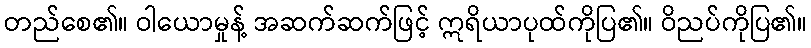
တည်စေ၏။ ဝါယောမှုန့် အဆက်ဆက်ဖြင့် ဣရိယာပုထ်ကိုပြ၏။ ဝိညပ်ကိုပြ၏။